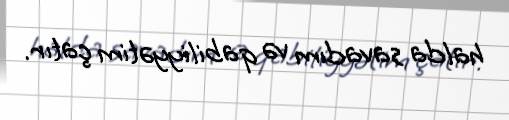
halda savadım və qabiliyyətim çatır.